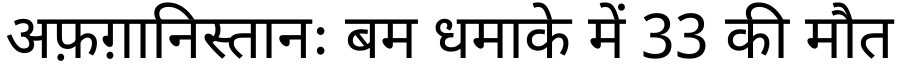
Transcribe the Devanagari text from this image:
अफ़ग़ानिस्तानः बम धमाके में 33 की मौत